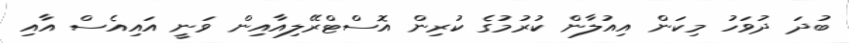
ބުދަ ދުވަހު މިކަން އިއުލާން ކުރުމުގެ ކުރިން އޮސްޓްރޭލިއާއިން ވަނީ އައިއެސް އާއި